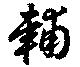
輔